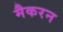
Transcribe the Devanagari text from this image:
मैकरन